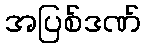
အပြစ်ဒဏ်